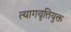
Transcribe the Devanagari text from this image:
त्यागवृत्तियुक्त